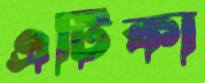
এটিকা